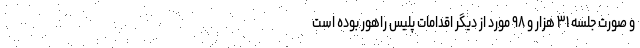
و صورت جلسه ۳۱ هزار و ۹۸ مورد از دیگر اقدامات پلیس راهور بوده است